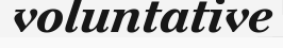
voluntative